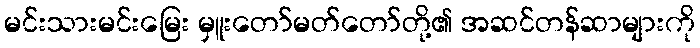
မင်းသားမင်းမြေး မှူးတော်မတ်တော်တို့၏ အဆင်တန်ဆာများကို